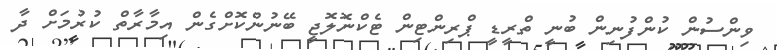
ވިންސުން ކުންފުނިން ބުނީ ތްރީޑީ ޕްރިންޓިން ޓެކްނޮލޮޖީ ބޭނުންކޮށްގެން އިމާރާތް ކުރުމަށް ދާ